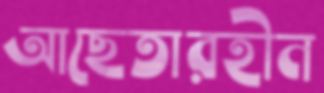
আছেতারহীন